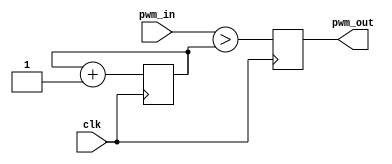
module pwm(clk, pwm_in, pwm_out);

input clk; 
input [15:0] pwm_in; //entrada, valor a comparar
output pwm_out;// salida modulada en ancho de pulso

reg pwm_out; 
reg [15:0] rampa=16'b00_0000_0000_0000_0000; ///inicializa el contador
											//esta rampa tiene una frecuencia de 763Hz para el reloj de 50Mhz	
											
always @(posedge clk) 
	begin
		rampa <= rampa + 1'b1; ///aumenta el contador con cada flanco de clk "una rampa"
		pwm_out <= (pwm_in>rampa);///compara el valor de entrada "DC" con el contador "la rampa"
	end

endmodule